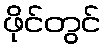
ဖိုင်တွင်